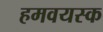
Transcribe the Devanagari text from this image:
हमवयस्क